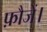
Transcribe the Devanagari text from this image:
फ़ौजें।